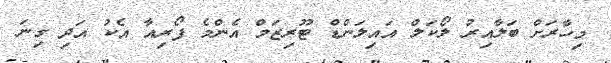
މިހާރަށް ބަލާއިރު ލޯކަލް އައިލަންޑް ޓޫރިޒަމް އެންމެ ފޯރިއާ އެކު އަދި ގިނަ